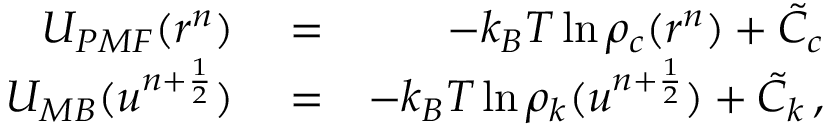
\begin{array} { r l r } { U _ { P M F } ( r ^ { n } ) } & { { } = } & { - k _ { B } T \ln \rho _ { c } ( r ^ { n } ) + \tilde { { \cal C } } _ { c } } \\ { U _ { M B } ( u ^ { n + \frac { 1 } { 2 } } ) } & { { } = } & { - k _ { B } T \ln \rho _ { k } ( u ^ { n + \frac { 1 } { 2 } } ) + \tilde { { \cal C } } _ { k } \, , } \end{array}